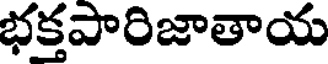
భక్తపారిజాతాయ